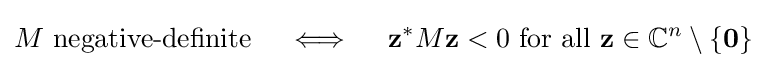
M{\text{ negative-definite}}\quad \iff \quad \mathbf {z} ^{*}M\mathbf {z} <0{\text{ for all }}\mathbf {z} \in \mathbb {C} ^{n}\setminus \{\mathbf {0} \}